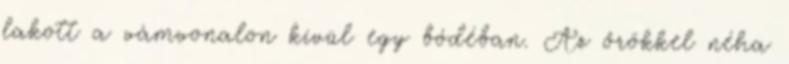
lakott a vámvonalon kívül egy bódéban. Az őrökkel néha